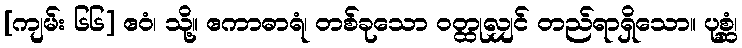
[ကျမ်း ၆၆] ဧဝံ၊ သို့။ ဧကာဓာရံ၊ တစ်ခုသော ဝတ္ထုလျှင် တည်ရာရှိသော။ ပုစ္ဆံ၊